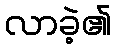
လာခဲ့၏